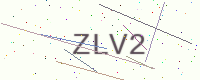
Text: ZLV2